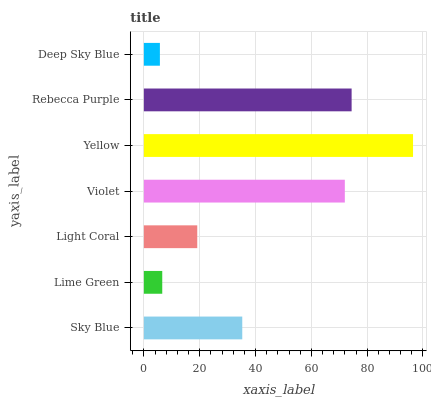
| yaxis_label | bars |
 | --- | --- |
 | Sky Blue | 35.3 |
 | Lime Green | 6.59 |
 | Light Coral | 19.1 |
 | Violet | 72 |
 | Yellow | 96.4 |
 | Rebecca Purple | 74.4 |
 | Deep Sky Blue | 5.75 |